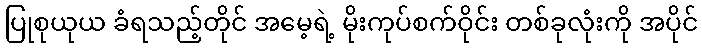
ပြုစုယုယ ခံရသည့်တိုင် အမေ့ရဲ့ မိုးကုပ်စက်ဝိုင်း တစ်ခုလုံးကို အပိုင်